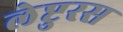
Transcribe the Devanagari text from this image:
लेप्टुरस